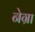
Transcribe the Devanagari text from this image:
नेग्रा